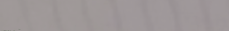
تأجير سيارات فاخرة بأسعار